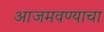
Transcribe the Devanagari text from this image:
आजमवण्याचा